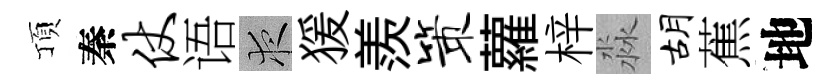
頂秦仗语夜猨羨策蘿梓淼胡蕉地